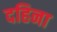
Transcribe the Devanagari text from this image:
दहिना